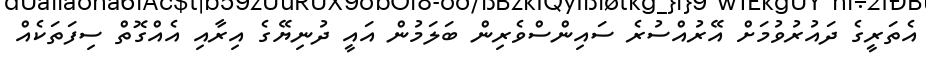
އެތަރީގެ ދައުރުވުމަށް އޭރުއްސުރެ ސައިންސްވެރިން ބަލަމުން އައީ ދުނިޔޭގެ އިރާއި އެއްގޮތް ސިފަތަކެއް